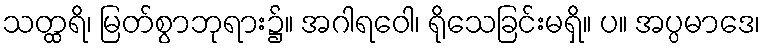
သတ္ထရိ၊ မြတ်စွာဘုရား၌။ အဂါရဝေါ၊ ရိုသေခြင်းမရှိ။ ပ။ အပ္ပမာဒေ၊